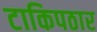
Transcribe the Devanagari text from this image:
टाकिपठार